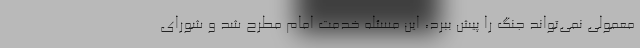
معمولی نمی‌تواند جنگ را پیش ببرد، این مسئله خدمت امام مطرح شد و شورای